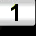
Digit: 1